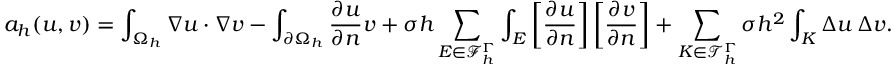
a _ { h } ( u , v ) = \int _ { \Omega _ { h } } \nabla u \cdot \nabla v - \int _ { \partial \Omega _ { h } } \frac { \partial u } { \partial n } v + \sigma h \sum _ { E \in \mathcal { F } _ { h } ^ { \Gamma } } \int _ { E } \left[ \frac { \partial u } { \partial n } \right] \left[ \frac { \partial v } { \partial n } \right] + \sum _ { K \in \mathcal { T } _ { h } ^ { \Gamma } } \sigma h ^ { 2 } \int _ { K } \Delta u \, \Delta v .